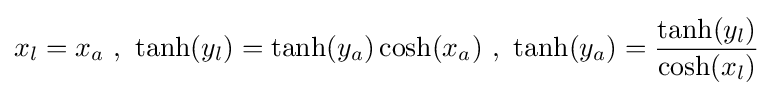
x_{l}=x_{a}\ ,\ \tanh(y_{l})=\tanh(y_{a})\cosh(x_{a})\ ,\ \tanh(y_{a})={\frac {\tanh(y_{l})}{\cosh(x_{l})}}